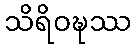
သိရိဝဍ္ဎဿ